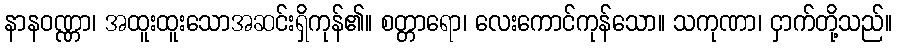
နာနဝဏ္ဏာ၊ အထူးထူးသောအဆင်းရှိကုန်၏။ စတ္တာရော၊ လေးကောင်ကုန်သော။ သကုဏာ၊ ငှာက်တို့သည်။